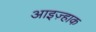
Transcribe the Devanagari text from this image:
आइज़्हाक